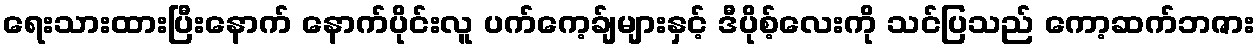
ရေးသားထားပြီးနောက် နောက်ပိုင်းလူ ပက်ကေ့ခ်ျများနှင့် ဒီပိုစ့်လေးကို သင်ပြသည် ကော့ဆက်ဘဇား